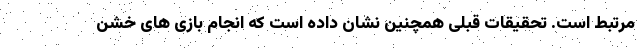
مرتبط است. تحقیقات قبلی همچنین نشان داده است که انجام بازی های خشن